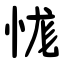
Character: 㤶